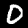
Digit: 0